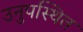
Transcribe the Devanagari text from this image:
उनुपस्थित